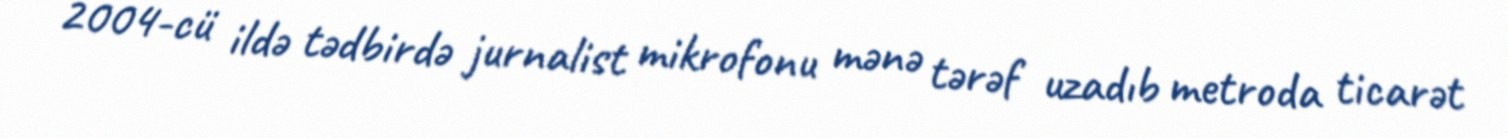
2004-cü ildə tədbirdə jurnalist mikrofonu mənə tərəf uzadıb metroda ticarət